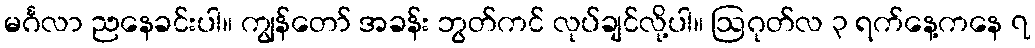
မင်္ဂလာ ညနေခင်းပါ။ ကျွန်တော် အခန်း ဘွတ်ကင် လုပ်ချင်လို့ပါ။ ဩဂုတ်လ ၃ ရက်နေ့ကနေ ၇